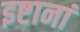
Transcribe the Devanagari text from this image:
इष्टानां